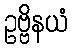
ဥဗ္ဗိနယံ